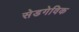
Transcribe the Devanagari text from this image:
सेडगेविक